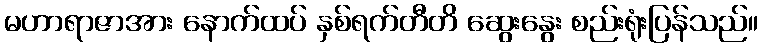
မဟာရာဇာအား နောက်ထပ် နှစ်ရက်တီတိ ဆွေးနွေး စည်းရုံးပြန်သည်။